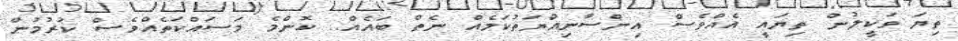
ތިޔަ ވަކީލުން ތިޔައީ އެއްވެސް އިންސާނިއްޔަތުކަމެއް ނެތް ބައެއް.. ކޮންމެ މަސައްކަތެއްވެސް ކުރުމުން